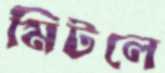
মিটলে